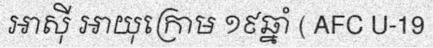
អាស៊ី អាយុក្រោម ១៩ឆ្នាំ ( AFC U-19